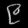
Digit: ၉